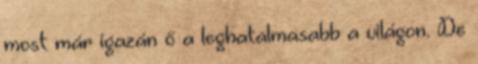
most már igazán ő a leghatalmasabb a világon. De